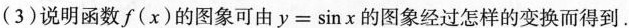
(3)说明函数f(x)的图象可由$$ y=\sin x$$的图象经过怎样的变换而得到。